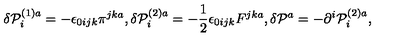
\delta { \cal P } _ { i } ^ { \left( 1 \right) a } = - \epsilon _ { 0 i j k } \pi ^ { j k a } , \delta { \cal P } _ { i } ^ { \left( 2 \right) a } = - \frac { 1 } { 2 } \epsilon _ { 0 i j k } F ^ { j k a } , \delta { \cal P } ^ { a } = - \partial ^ { i } { \cal P } _ { i } ^ { \left( 2 \right) a } ,